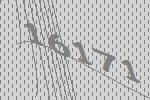
16171